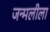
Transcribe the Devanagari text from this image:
जन्मलीला